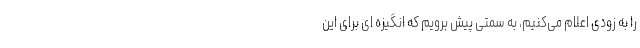
را به زودی اعلام‌ می‌کنیم، به سمتی پیش برویم که انگیزه ای برای این